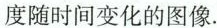
度随时间变化的图像。